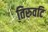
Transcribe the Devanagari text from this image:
तिरुवटि